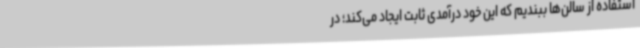
استفاده از سالن‌ها ببندیم که این خود درآمدی ثابت ایجاد می‌کند؛ در